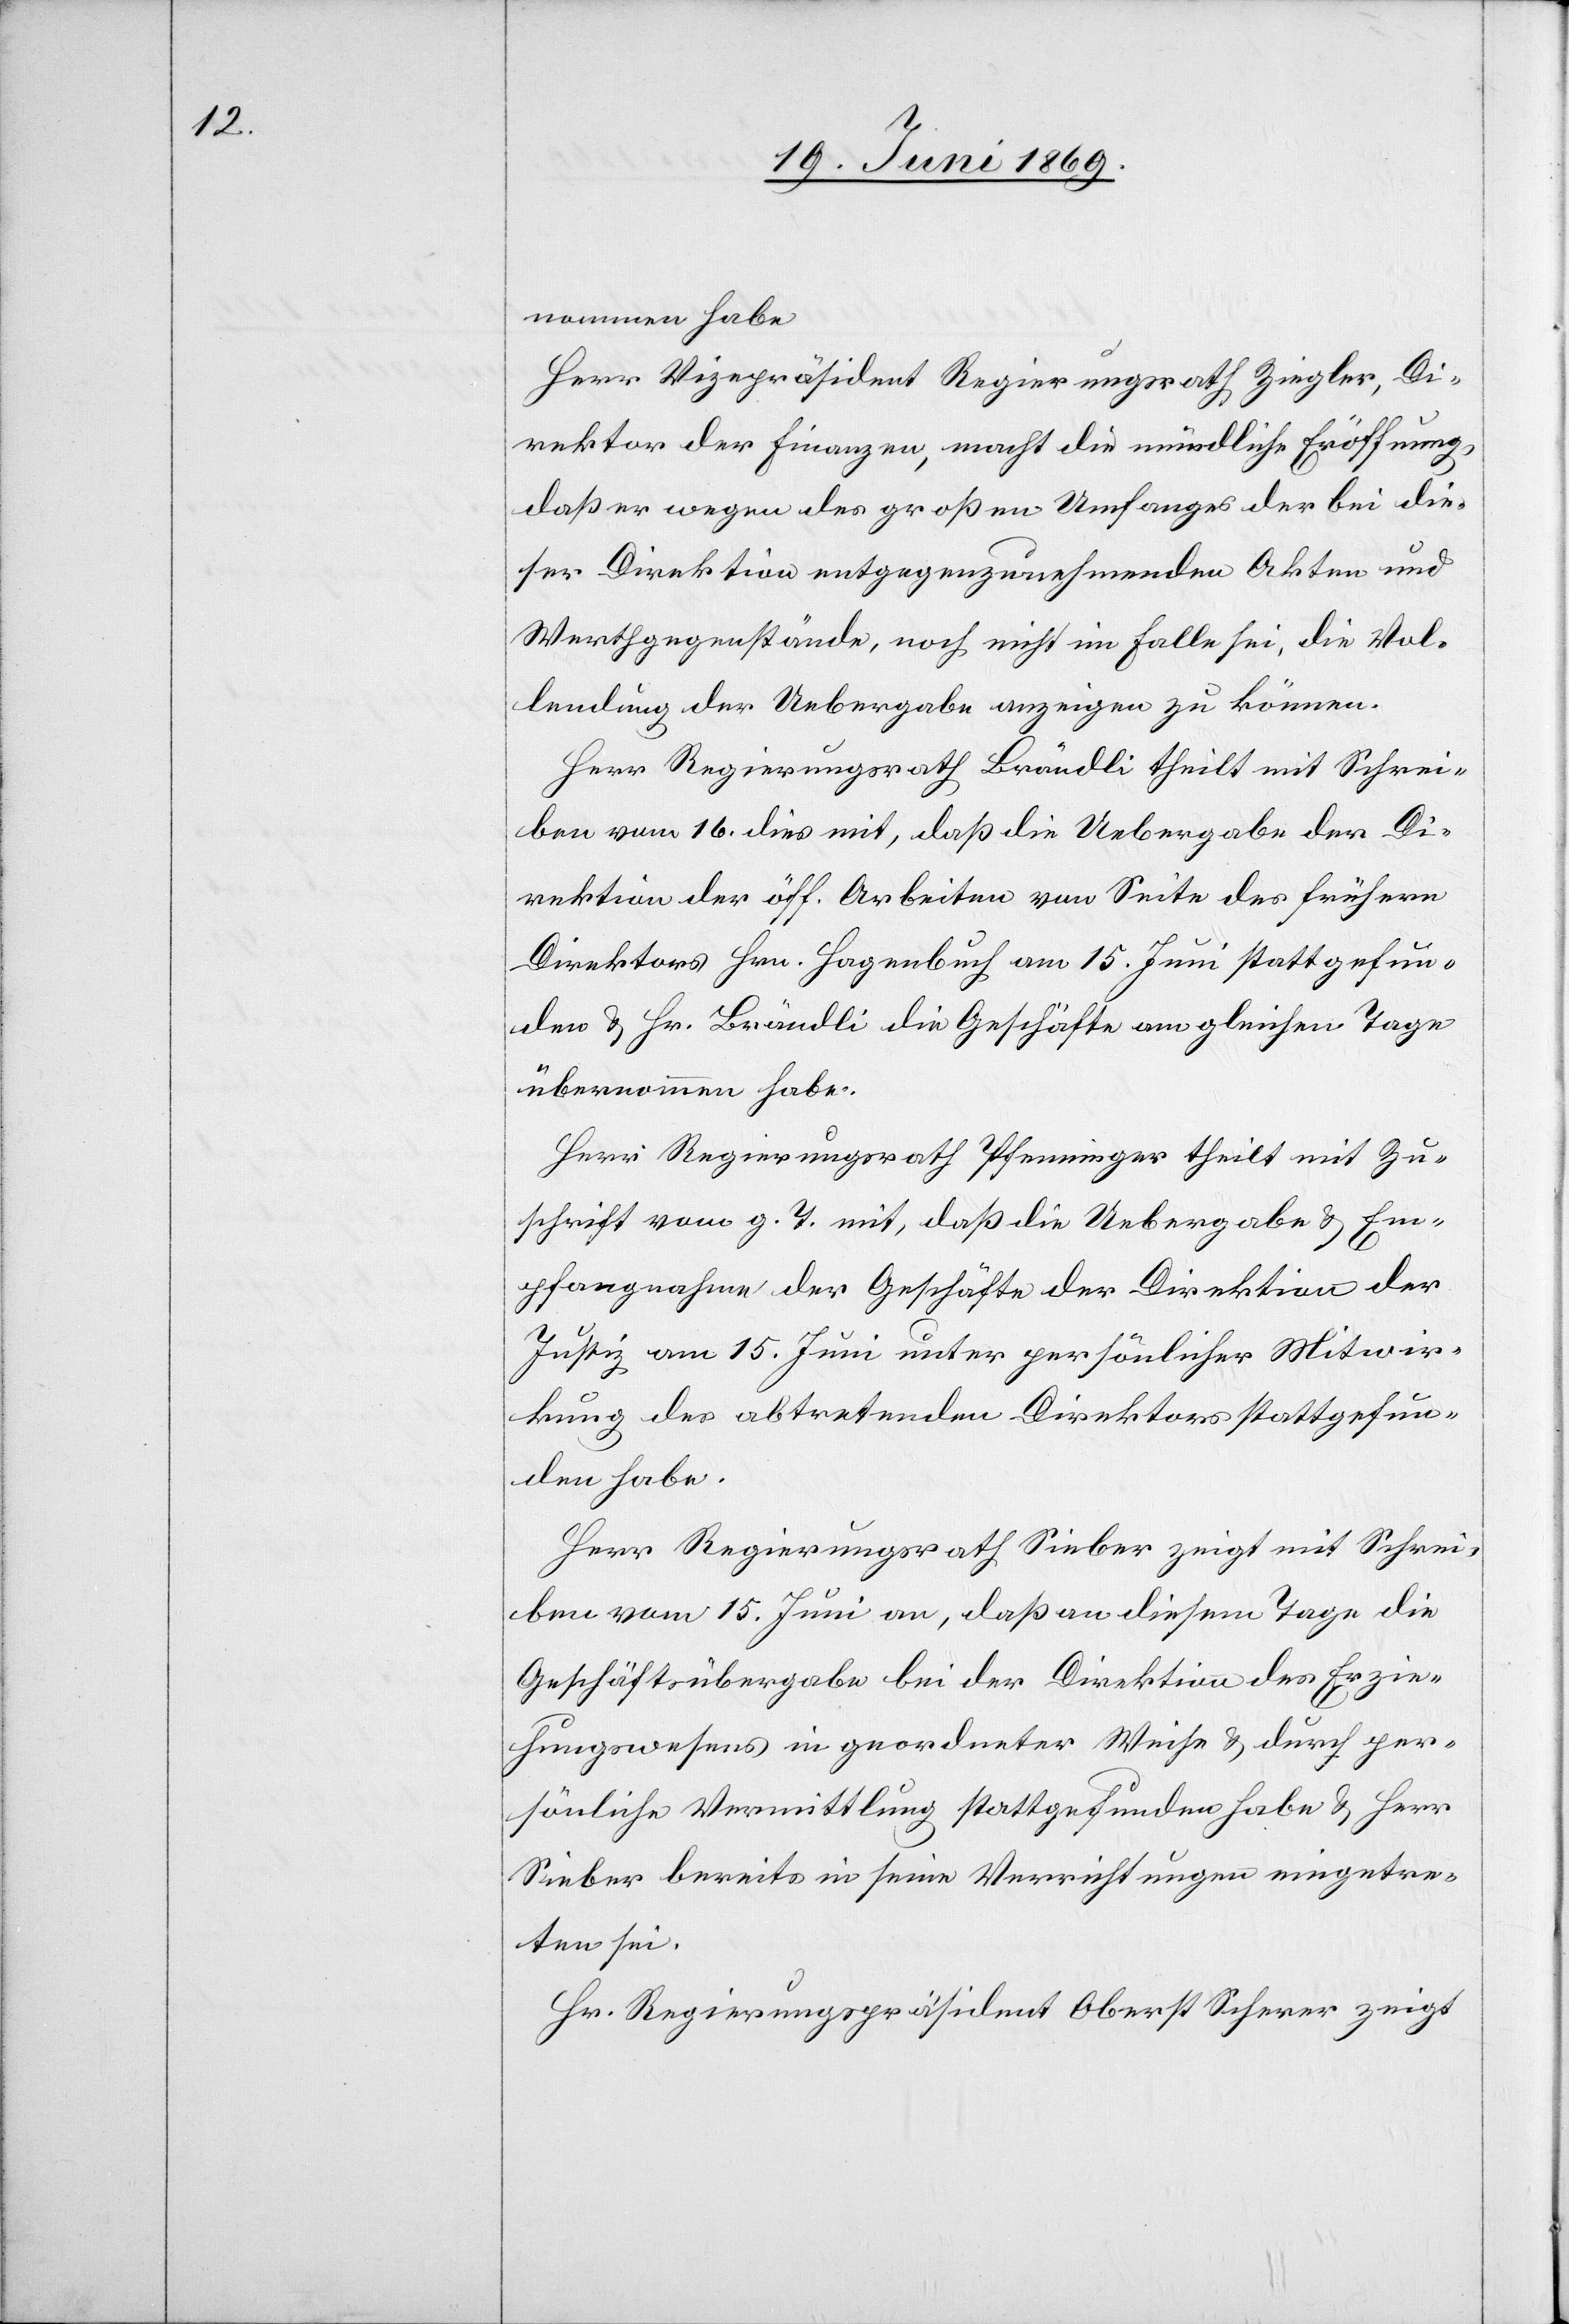
nommen habe.
Herr Vicepräsident Regierungsrath Ziegler, Di¬
rektion der Finanzen, macht die mündliche Eröffnung,
daß er wegen des großen Umfangs der bei die¬
ser Direktion entgegenzunehmenden Akten und
Werthgegenstände, noch nicht im Falle sei, die Vol¬
lendung der Uebergabe anzeigen zu können.
Herr Regierungsrath Brändli theilt mit Schrei¬
ben vom 16. dies mit, daß die Uebergabe der Di¬
rektion der öff. Arbeiten von Seite des frühern
Direktors Hrn. Hagenbuch am 15. Juni stattgefun¬
den u. Hr. Brändli die Geschäfte am gleichen Tage
übernommen habe.
Herr Regierungsrath Pfenninger theilt mit Zu¬
schrift vom g. T. mit, daß die Uebergabe u. Em¬
pfangnahme der Geschäfte der Direktion der
Justiz am 15. Juni unter persönlicher Mitwir¬
kung des abzutretenden Direktors stattgefun¬
den habe.
Herr Regierungsrath Sieber zeigt mit Schrei¬
ben vom 15. Juni an, daß an diesem Tage die
Geschäftsübergabe bei der Direktion des Erzie¬
hungswesens in geordneter Weise u. durch per¬
sönliche Vermittlung stattgefunden habe u. Herr
Sieber bereits in seine Verrichtungen eingetre¬
ten sei.
Hr. Regierungspräsident Oberst Scherer zeigt